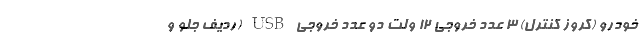
خودرو (کروز کنترل) 3 عدد خروجی 12 ولت دو عدد خروجی USB (ردیف جلو و